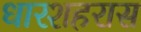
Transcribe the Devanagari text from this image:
धारशहरास